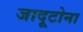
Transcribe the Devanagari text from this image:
जादूटोना